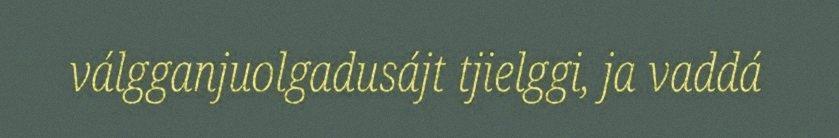
válgganjuolgadusájt tjielggi, ja vaddá